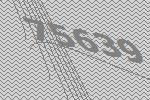
75639